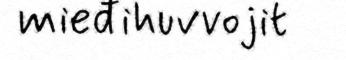
mieđihuvvojit